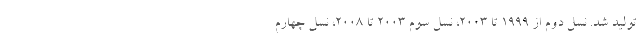
تولید شد. نسل دوم از 1999 تا 2003، نسل سوم 2003 تا 2008، نسل چهارم